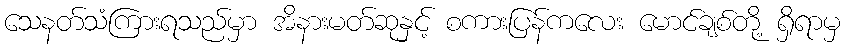
သေနတ်သံကြားရသည်မှာ အိနားမတ်ဆုနှင့် စကားပြန်ကလေး မောင်ချစ်တို့ ရှိရာမှ